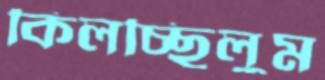
কিলচ্ছিলুম